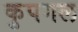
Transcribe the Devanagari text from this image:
कुपगल